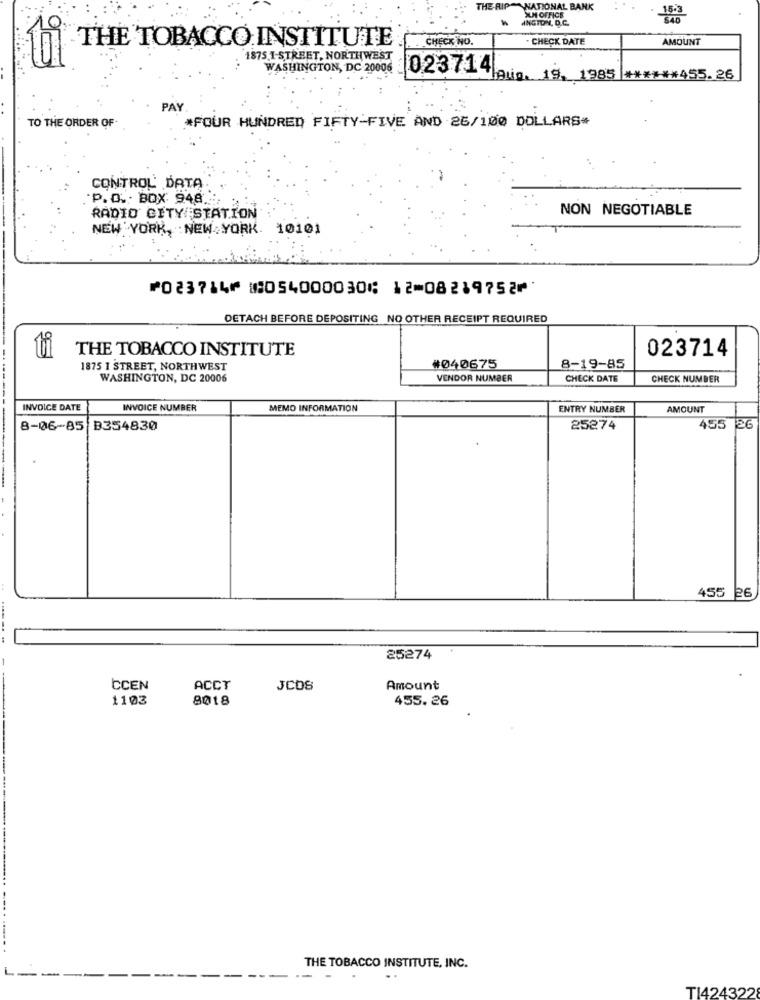
THE RIP
NATIONAL BANK
15.3
INGTON, D.C.
SUN OFFICE
THE TOBACCO INSTITUTE
.CHECK NO.
CHECK DATE
AMOUNT
`1875.1-STREET, NORTHWEST
WASHINGTON, DC 20006
023714. 19, 1985 ****** 455.26
PAY
TO THE ORDER OF
*FOUR HUNDRED FIFTY-FIVE AND 26/100 DOLLARS#
CONTROL DATA
.P. O. BOX: 948.
NON NEGOTIABLE
RADIO CITY STATION
NEW YORK, NEW YORK. 10101
⑈023714⑈ ⑆054000030⑆ 12⑉08219752⑈
DETACH BEFORE DEPOSITING NO OTHER RECEIPT REQUIRED
THE TOBACCO INSTITUTE
023714
1875 I STREET, NORTHWEST
#040675
8-19-85
WASHINGTON, DC 20006
VENDOR NUMBER
CHECK DATE
CHECK NUMBER
INVOICE DATE
INVOICE NUMBER
MEMO INFORMATION
ENTRY NUMBER
AMOUNT
8-06-85 B354830
25274
455 26
455 26
25274
CCEN
ACCT
JCDS
Amount
1103
8018
455.26
THE TOBACCO INSTITUTE, INC.
TI424322